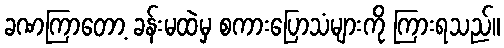
ခဏကြာတော့ ခန်းမထဲမှ စကားပြောသံများကို ကြားရသည်။